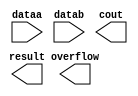
module add2 (
	dataa,
	datab,
	cout,
	overflow,
	result);

	input	[6:0]  dataa;
	input	[6:0]  datab;
	output	  cout;
	output	  overflow;
	output	[6:0]  result;

endmodule